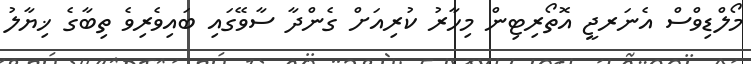
މޯލްޑިވްސް އެނަރޖީ އޮތޯރިޓިން މިހާރު ކުރިއަށް ގެންދާ ސާވޭގައި ބައިވެރިވެ ތިބާގެ ޚިޔާލު